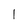
Character: l